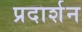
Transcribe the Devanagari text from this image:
प्रदार्शन